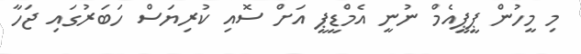
މި މީހުން ޕީޕީއެމް ނުނީ އެމްޑީޕީ އަށް ސޮއި ކުރިޔަސް ހަބަރުގައި ޖަހާ